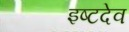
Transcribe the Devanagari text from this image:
इष्‍टदेव